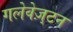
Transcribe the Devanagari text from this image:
गलेवेज़्टन